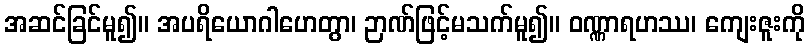
အဆင်ခြင်မူ၍။ အပရိယောဂါဟေတွာ၊ ဉာဏ်ဖြင့်မသက်မူ၍။ ဝဏ္ဏာရဟဿ၊ ကျေးဇူးကို